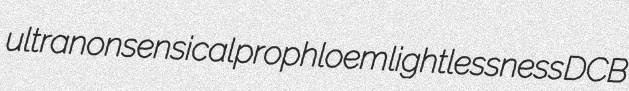
ultranonsensical prophloem lightlessness DCB